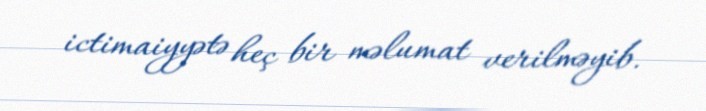
ictimaiyyətə heç bir məlumat verilməyib.